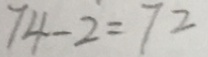
7 4 - 2 = 7 2